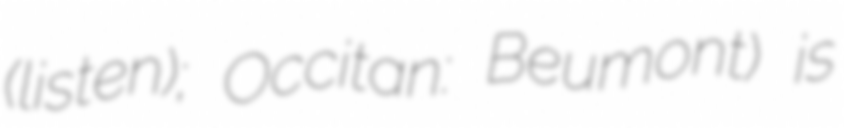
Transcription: (listen); Occitan: Beumont) is